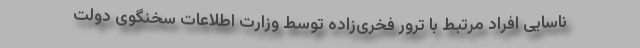
ناسایی افراد مرتبط با ترور فخری‌زاده توسط وزارت اطلاعات سخنگوی دولت